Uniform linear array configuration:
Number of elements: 24
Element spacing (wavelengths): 0.75
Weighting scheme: blackman
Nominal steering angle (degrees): -30
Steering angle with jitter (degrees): -29.171
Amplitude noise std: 0.05
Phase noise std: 0.05

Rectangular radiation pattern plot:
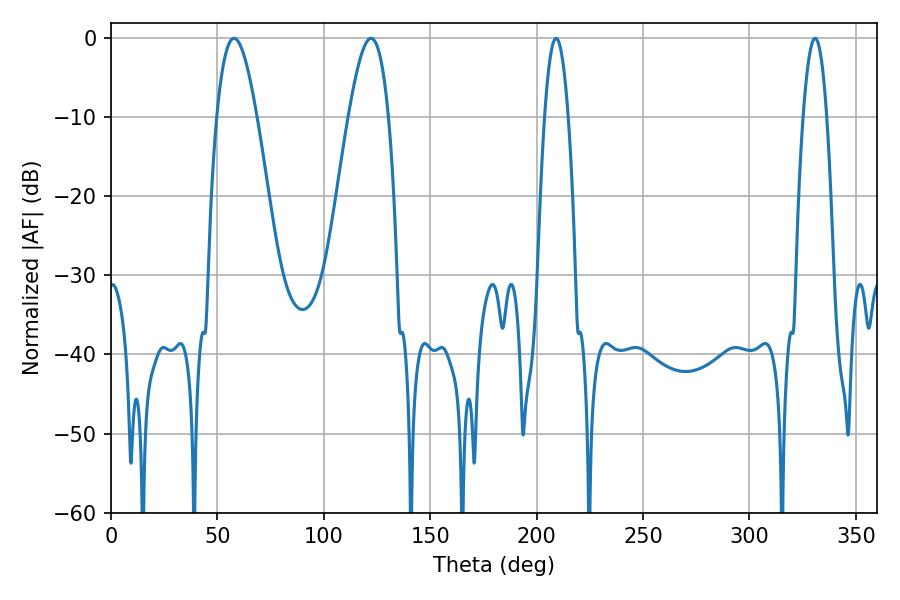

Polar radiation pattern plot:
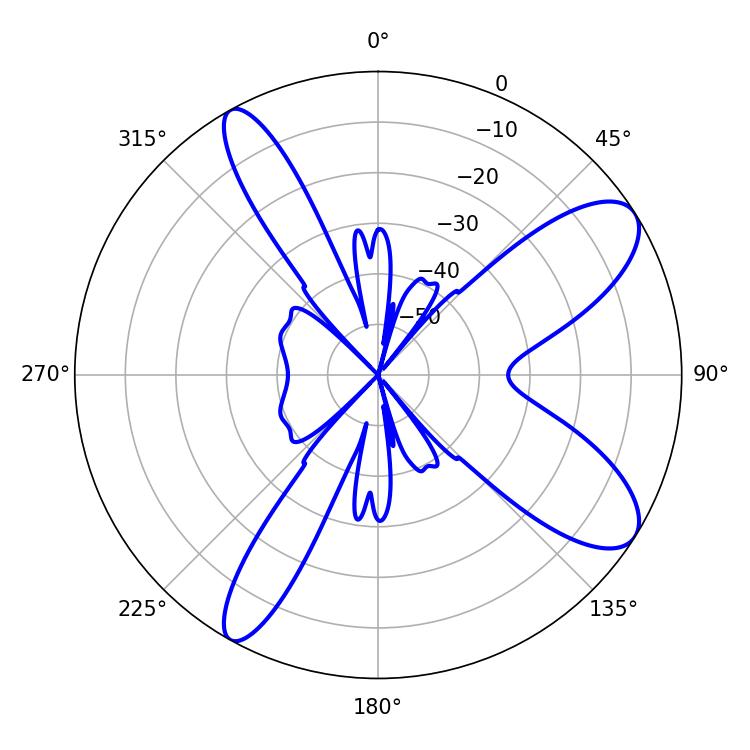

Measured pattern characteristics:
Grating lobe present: TRUE
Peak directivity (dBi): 9.634
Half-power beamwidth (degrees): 6.12
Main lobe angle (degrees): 209.16